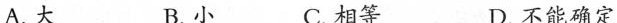
A.大 B.小 C.相等 D.不能确定